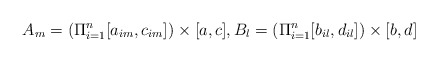
\begin{align*} A_m =\left(\Pi_{i=1}^n[a_{im},c_{im}]\right) \times [a,c], B_l =\left(\Pi_{i=1}^n [b_{il},d_{il}]\right) \times [b,d] \end{align*}